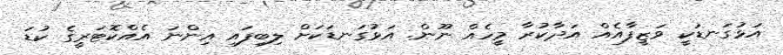
އަޅުގަނޑަކީ ވަޒީފާއެއް އަދާކުރާ މީހެއް ނޫން. އަޅުގަނޑަކަށް ލިބިފައި އިންނަ އެއްކޮޓަރީގެ ކުޑަ